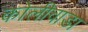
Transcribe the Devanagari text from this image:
कोलीवाडा